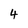
Character: 4